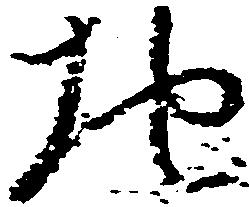
地